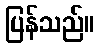
ပြန်သည်။